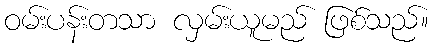
ဝမ်းပန်းတသာ လှမ်းယူမည် ဖြစ်သည်။